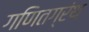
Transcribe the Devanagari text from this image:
गणितग्रंथ